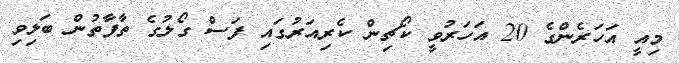
މިއީ އަހަރެންގެ 20 އަހަރުވީ ކޯޗިން ކެރިއަރުގައި ފަސް ގޯލުގެ ތާފާތުން ބަލިވި